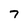
Character: 7